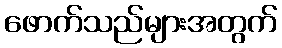
ဖောက်သည်များအတွက်